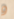
و